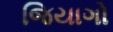
જિયાગો